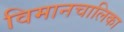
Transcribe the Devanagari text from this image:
विमानचालिका